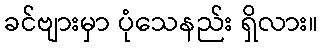
ခင်ဗျားမှာ ပုံသေနည်း ရှိလား။